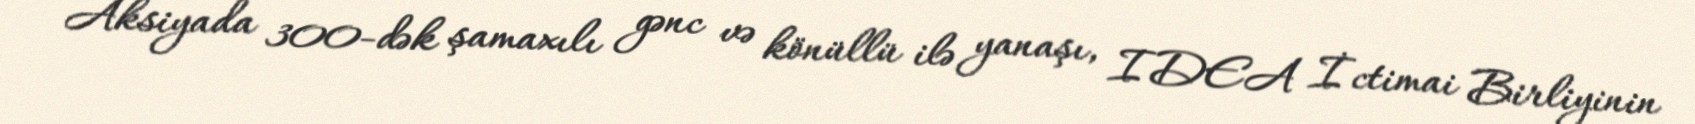
Aksiyada 300-dək şamaxılı gənc və könüllü ilə yanaşı, IDEA İctimai Birliyinin